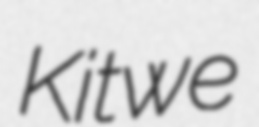
Kitwe